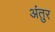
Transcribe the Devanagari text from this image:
अंतुर